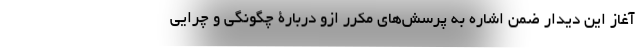
آغاز این دیدار ضمن اشاره به پرسش‌های مکرر ازو دربارۀ چگونگی و چرایی